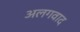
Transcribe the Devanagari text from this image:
अलगवाद